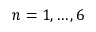
n = 1 , \ldots , 6